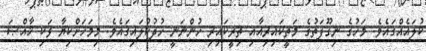
ކުލައެއްގައެވެ. މަހުގެ ނިގޫފަތުގެ މަތީކައިރިއާއި ތިރީކައިރި ހުންނަނީ ހުދުކުލައިގައެވެ. މިމަހަށްކިޔާ ވަކި ޚާއްޞަ